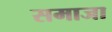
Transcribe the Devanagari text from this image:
समाजा